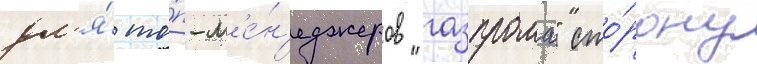
дл'я́ то́п-м'е́н'еджеров "газпрома" сто́рону